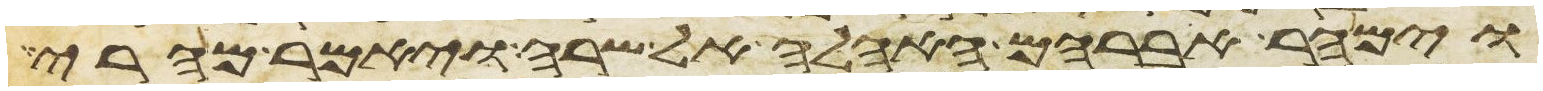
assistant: וימהר אברהם האהלה אל שרה ויאמר מהרי